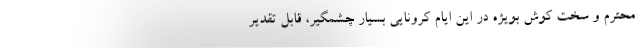
محترم و سخت کوش بویژه در این ایام کرونایی بسیار چشمگیر، قابل تقدیر